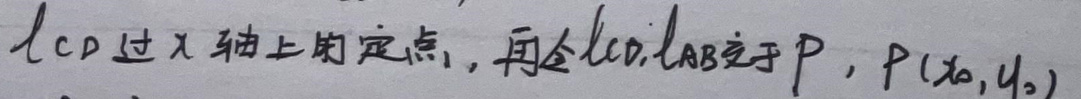
$\ell_{CD}$过x轴上的定点，再令$\ell_{CD}$\ell_AB$于P，$P(x_0,y_0)$